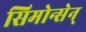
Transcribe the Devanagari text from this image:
सिमोन्सेन्